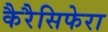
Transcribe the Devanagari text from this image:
कैरैसिफेरा